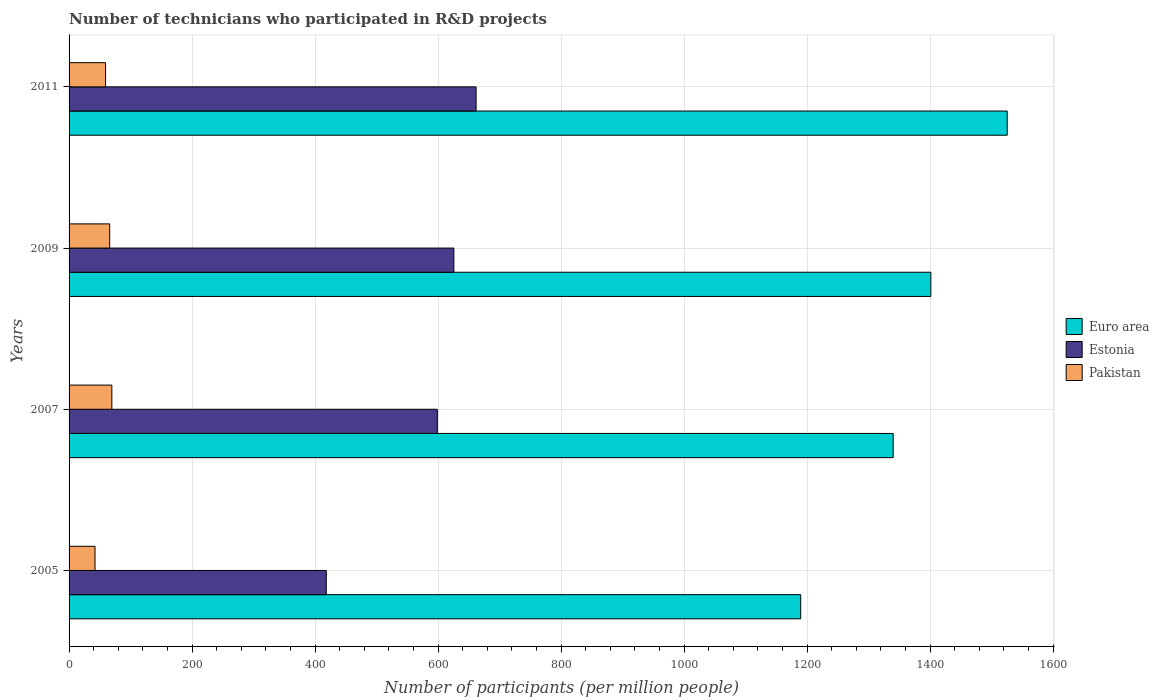
| Years | Euro area | Estonia | Pakistan |
 | --- | --- | --- | --- |
 | 2005 | 1.19e+03 | 418 | 42.2 |
 | 2007 | 1.34e+03 | 599 | 69.6 |
 | 2009 | 1.4e+03 | 626 | 66 |
 | 2011 | 1.53e+03 | 662 | 59.3 |